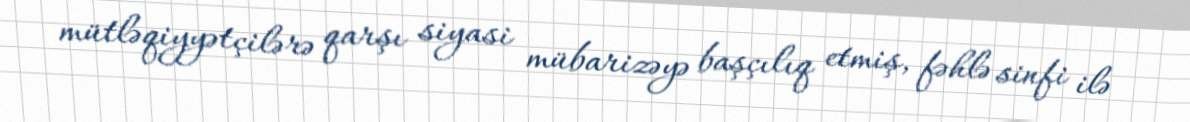
mütləqiyyətçilərə qarşı siyasi mübarizəyə başçılıq etmiş, fəhlə sinfi ilə